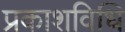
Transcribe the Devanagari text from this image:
प्रकाशविधि